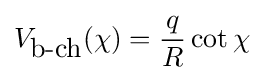
V_{\mbox{b-ch}}(\chi )={\frac {q}{R}}\cot \chi